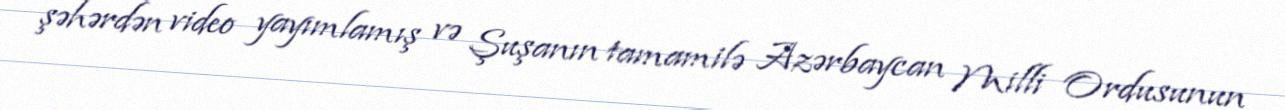
şəhərdən video yayımlamış və Şuşanın tamamilə Azərbaycan Milli Ordusunun